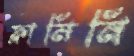
ফ্লামিনি